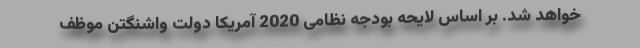
خواهد شد. بر اساس لایحه بودجه نظامی 2020 آمریکا دولت واشنگتن موظف